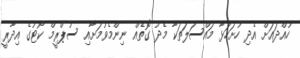
ހުއްދައަށް އެދި ހުށަހަޅާ މައްސަލަތަކާ މެދު ގޮތެއް ނިންމެވުމަށާއި ސުޕްރީމް ކޯޓުގެ އިދާރީ